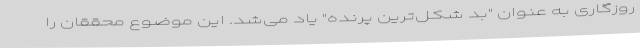
روزگاری به عنوان "بد شکل‌ترین پرنده" یاد می‌شد. این موضوع محققان را